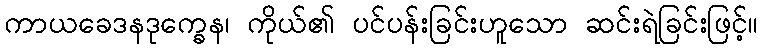
ကာယခေဒနဒုက္ခေန၊ ကိုယ်၏ ပင်ပန်းခြင်းဟူသော ဆင်းရဲခြင်းဖြင့်။